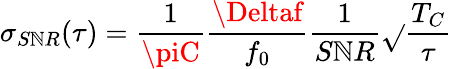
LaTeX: \sigma_{S\mathbb{N}R}(\tau)=\frac{{1}}{{\piC}}\frac{{\Deltaf}}{{f_{0}}}\frac{{1}}{{S\mathbb{N}R}}\sqrt{}{{\frac{{T_{C}}}{{\tau}}}}